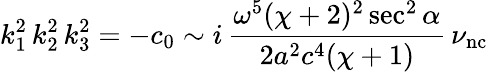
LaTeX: k_{1}^{2}\, k_{2}^{2}\, k_{3}^{2}=-c_{0}\sim i\, \frac{\omega^{5}(\chi+2)^{2}\sec^{2}\alpha}{2a^{2}c^{4}(\chi+1)}\, \nu_{\mathrm{nc}}